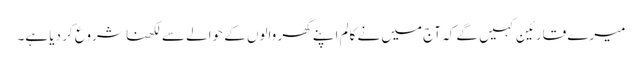
میرے قارئین کہیں گے کہ آج میں نے کالم اپنے گھر والوں کے حوالے سے لکھنا شروع کر دیا ہے۔